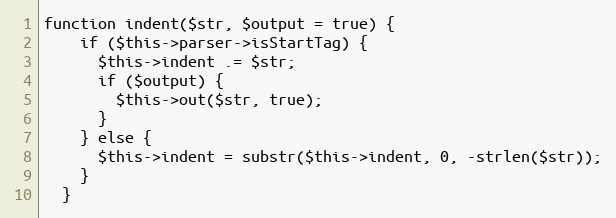
Language: PHP
function indent($str, $output = true) {
    if ($this->parser->isStartTag) {
      $this->indent .= $str;
      if ($output) {
        $this->out($str, true);
      }
    } else {
      $this->indent = substr($this->indent, 0, -strlen($str));
    }
  }